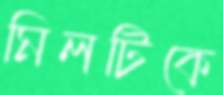
মিলটিকে